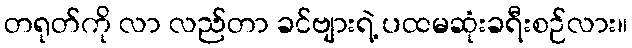
တရုတ်ကို လာ လည်တာ ခင်ဗျားရဲ့ ပထမဆုံးခရီးစဉ်လား။